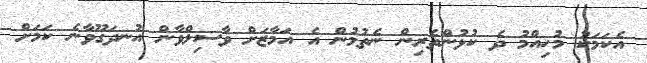
އެކަމަކު މުހިއްމު ދެ ކުޅުންތެރިން ނެތުމުން އެ އަމާޒަށް ވާސިލްވާން އުނދަގޫވާނެ ކަމަށް